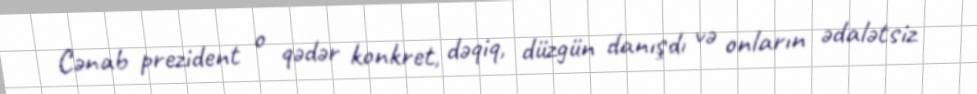
Cənab prezident o qədər konkret, dəqiq, düzgün danışdı və onların ədalətsiz